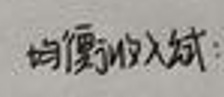
均衡收入试: